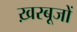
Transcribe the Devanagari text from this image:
ख़रबूजों